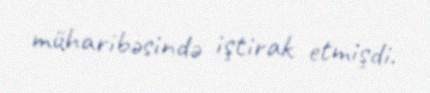
müharibəsində iştirak etmişdi.